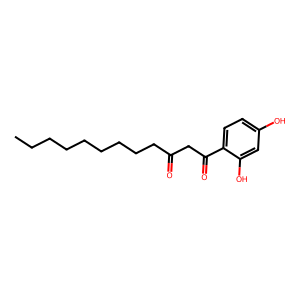
SMILES: CCCCCCCCCC(=O)CC(=O)c1ccc(O)cc1O
Inhibits HIV replication: No